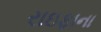
રાઇફાના